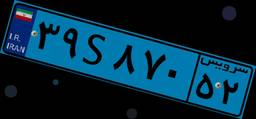
۳۹S۸۷۰۵۲